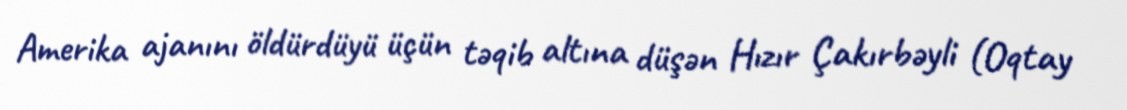
Amerika ajanını öldürdüyü üçün təqib altına düşən Hızır Çakırbəyli (Oqtay